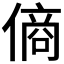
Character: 𬿞